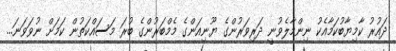
ދައުރު ކާމިޔާބުކަމާއެކު ނިންމާލެވުނީ ދަރިވަރުންގެ ޔޫނިއަންގެ މެމްބަރުންގެ ބުރަ މަސައްކަތުން ކަމަށް ނުވަވަނަ...